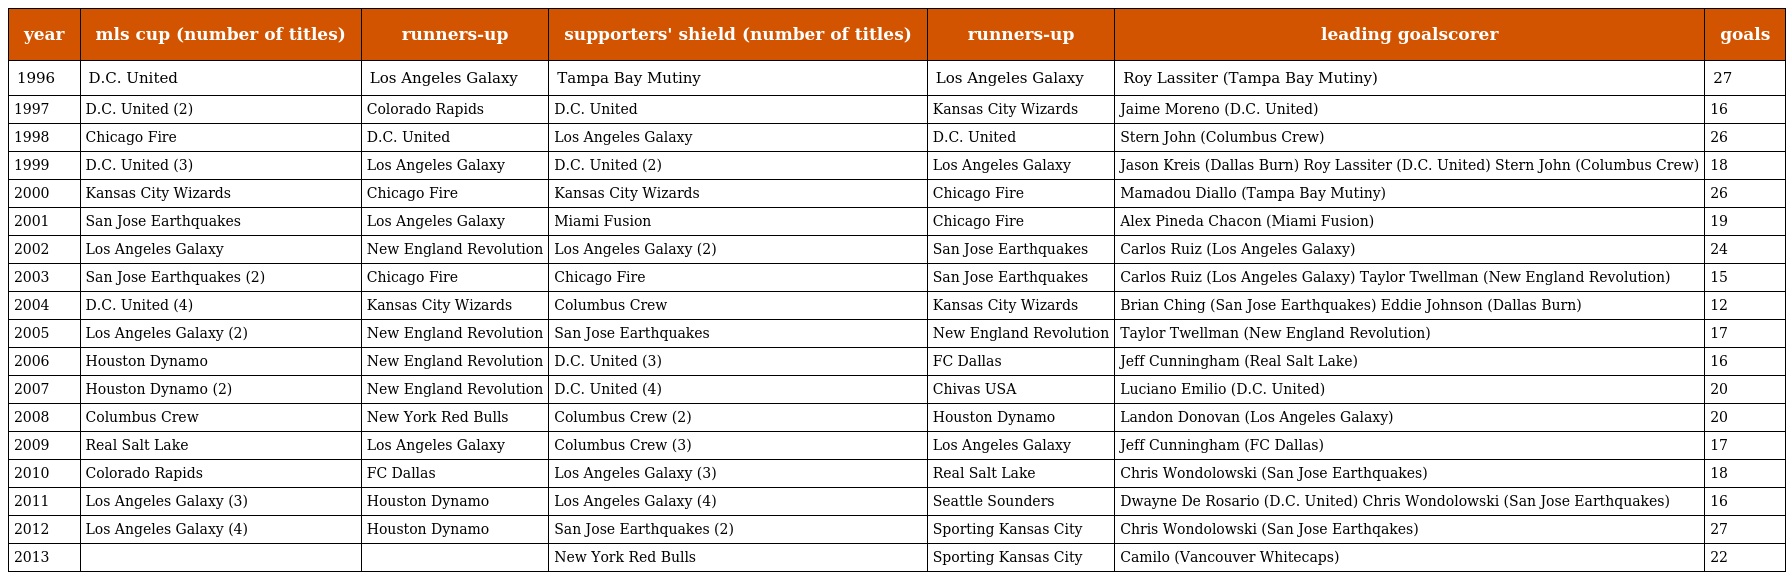
| year | mls cup (number of titles) | runners-up | supporters' shield (number of titles) | runners-up | leading goalscorer | goals |
 | --- | --- | --- | --- | --- | --- | --- |
 | 1996 | D.C. United | Los Angeles Galaxy | Tampa Bay Mutiny | Los Angeles Galaxy | Roy Lassiter (Tampa Bay Mutiny) | 27 |
 | 1997 | D.C. United (2) | Colorado Rapids | D.C. United | Kansas City Wizards | Jaime Moreno (D.C. United) | 16 |
 | 1998 | Chicago Fire | D.C. United | Los Angeles Galaxy | D.C. United | Stern John (Columbus Crew) | 26 |
 | 1999 | D.C. United (3) | Los Angeles Galaxy | D.C. United (2) | Los Angeles Galaxy | Jason Kreis (Dallas Burn) Roy Lassiter (D.C. United) Stern John (Columbus Crew) | 18 |
 | 2000 | Kansas City Wizards | Chicago Fire | Kansas City Wizards | Chicago Fire | Mamadou Diallo (Tampa Bay Mutiny) | 26 |
 | 2001 | San Jose Earthquakes | Los Angeles Galaxy | Miami Fusion | Chicago Fire | Alex Pineda Chacon (Miami Fusion) | 19 |
 | 2002 | Los Angeles Galaxy | New England Revolution | Los Angeles Galaxy (2) | San Jose Earthquakes | Carlos Ruiz (Los Angeles Galaxy) | 24 |
 | 2003 | San Jose Earthquakes (2) | Chicago Fire | Chicago Fire | San Jose Earthquakes | Carlos Ruiz (Los Angeles Galaxy) Taylor Twellman (New England Revolution) | 15 |
 | 2004 | D.C. United (4) | Kansas City Wizards | Columbus Crew | Kansas City Wizards | Brian Ching (San Jose Earthquakes) Eddie Johnson (Dallas Burn) | 12 |
 | 2005 | Los Angeles Galaxy (2) | New England Revolution | San Jose Earthquakes | New England Revolution | Taylor Twellman (New England Revolution) | 17 |
 | 2006 | Houston Dynamo | New England Revolution | D.C. United (3) | FC Dallas | Jeff Cunningham (Real Salt Lake) | 16 |
 | 2007 | Houston Dynamo (2) | New England Revolution | D.C. United (4) | Chivas USA | Luciano Emilio (D.C. United) | 20 |
 | 2008 | Columbus Crew | New York Red Bulls | Columbus Crew (2) | Houston Dynamo | Landon Donovan (Los Angeles Galaxy) | 20 |
 | 2009 | Real Salt Lake | Los Angeles Galaxy | Columbus Crew (3) | Los Angeles Galaxy | Jeff Cunningham (FC Dallas) | 17 |
 | 2010 | Colorado Rapids | FC Dallas | Los Angeles Galaxy (3) | Real Salt Lake | Chris Wondolowski (San Jose Earthquakes) | 18 |
 | 2011 | Los Angeles Galaxy (3) | Houston Dynamo | Los Angeles Galaxy (4) | Seattle Sounders | Dwayne De Rosario (D.C. United) Chris Wondolowski (San Jose Earthquakes) | 16 |
 | 2012 | Los Angeles Galaxy (4) | Houston Dynamo | San Jose Earthquakes (2) | Sporting Kansas City | Chris Wondolowski (San Jose Earthqakes) | 27 |
 | 2013 |  |  | New York Red Bulls | Sporting Kansas City | Camilo (Vancouver Whitecaps) | 22 |